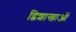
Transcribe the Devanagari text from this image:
द्विशाखाओं